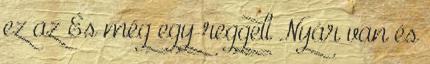
ez az És még egy reggeli Nyár van és